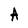
Character: A